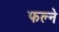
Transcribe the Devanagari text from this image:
फल्ने